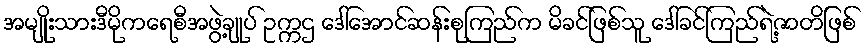
အမျိုးသားဒီမိုကရေစီအဖွဲ့ချုပ် ဥက္ကဌ ဒေါ်အောင်ဆန်းစုကြည်က မိခင်ဖြစ်သူ ဒေါ်ခင်ကြည်ရဲ့ဇာတိဖြစ်